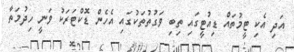
އަދި އެކި ޓީމުތައް ޑިއުޓީގައި ތިބި ވަގުތުތަކުގައި އެހެން ޑޮކްޓަރަކު ވަނީ ހިދުމަތާ